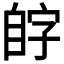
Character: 𫇊